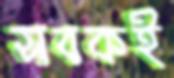
সবকই